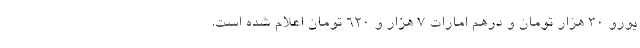
یورو 30 هزار تومان و درهم امارات 7 هزار و 620 تومان اعلام شده است.